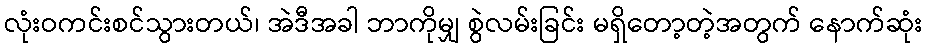
လုံးဝကင်းစင်သွားတယ်၊ အဲဒီအခါ ဘာကိုမျှ စွဲလမ်းခြင်း မရှိတော့တဲ့အတွက် နောက်ဆုံး